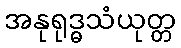
အနုရုဒ္ဓသံယုတ္တ